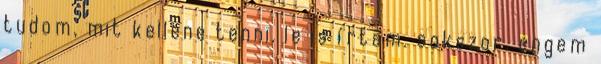
tudom, mit kellene tenni. le is írtam. sokszor. engem